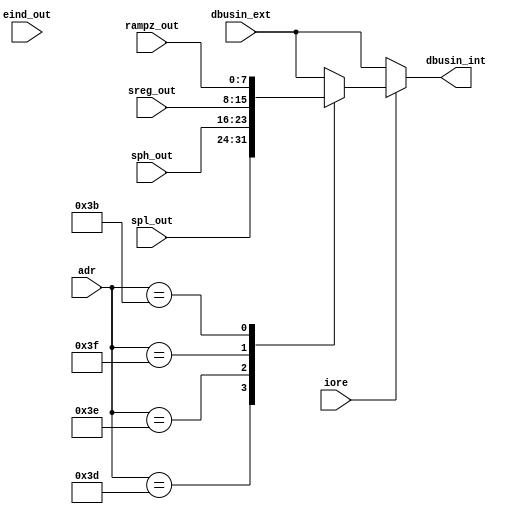
//************************************************************************************************
// Internal I/O registers decoder/multiplexer for the AVR core
// Version 2.1
// Modified 08.01.2007
// Designed by Ruslan Lepetenok
// std_library was added
// Converted to Verilog
// Modified 18.08.12
//************************************************************************************************

`timescale 1 ns / 1 ns

module io_adr_dec #(
                    parameter pc22b = 0
		    ) 
		    (
   		     input wire [5:0]  adr,
   		     input wire        iore,
   		     input wire [7:0]  dbusin_ext,
   		     output reg [7:0]  dbusin_int,
   		     // SREG/SPL/SPH/RAMPZ i/f  	
   		     input wire [7:0]  spl_out,
   		     input wire [7:0]  sph_out,
   		     input wire [7:0]  sreg_out,
   		     input wire [7:0]  rampz_out,
   		     input wire [7:0]  eind_out
                     );

//************************************************************************************************

// Register addresses  
parameter P_SPL_Address   = 6'h3D; // Stack Pointer(Low)
parameter P_SPH_Address   = 6'h3E; // Stack Pointer(High)
parameter P_SREG_Address  = 6'h3F; // Status Register
parameter P_RAMPZ_Address = 6'h3B; // RAM Page Z Select Register
parameter P_EIND_Address  = 6'h3C; // !!!TBD!!! Occupated by XDIV in Mega128
  
//************************************************************************************************  
   
   generate
      if (!pc22b)
      begin : no_eind
         
         always @*
         begin: out_mux_comb
            if (iore)
               case (adr)
                  P_SPL_Address   : dbusin_int = spl_out;
                  P_SPH_Address   : dbusin_int = sph_out;
                  P_SREG_Address  : dbusin_int = sreg_out;
                  P_RAMPZ_Address : dbusin_int = rampz_out;
                  default         : dbusin_int = dbusin_ext;
               endcase
            else
               dbusin_int = dbusin_ext;
            end // out_mux_comb
         end // no_eind

         else // (pc22b != 0)
         begin : eind_is_impl
            
            always @*
            begin: out_mux_comb
               if (iore)
                  case (adr)
                     P_SPL_Address   : dbusin_int = spl_out;
                     P_SPH_Address   : dbusin_int = sph_out;
                     P_SREG_Address  : dbusin_int = sreg_out;
                     P_RAMPZ_Address : dbusin_int = rampz_out;
                     P_EIND_Address  : dbusin_int = eind_out;
                     default         : dbusin_int = dbusin_ext;
                  endcase
               else
                  dbusin_int = dbusin_ext;
               end // out_mux_comb
            end // eind_is_impl
         endgenerate
         
endmodule // io_adr_dec